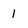
Character: 1